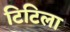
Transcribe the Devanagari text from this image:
टिटिला